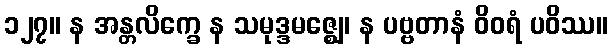
၁၂၇။ န အန္တလိက္ခေ န သမုဒ္ဒမဇ္ဈေ၊ န ပဗ္ဗတာနံ ဝိဝရံ ပဝိဿ။